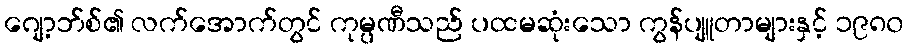
ဂျော့ဘ်စ်၏ လက်အောက်တွင် ကုမ္ပဏီသည် ပထမဆုံးသော ကွန်ပျူတာများနှင့် ၁၉၈၀